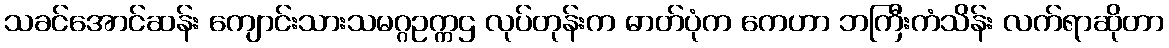
သခင်အောင်ဆန်း ကျောင်းသားသမဂ္ဂဥက္ကဌ လုပ်တုန်းက ဓာတ်ပုံက ကေဟာ ဘကြီးကံသိန်း လက်ရာဆိုတာ